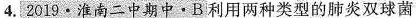
4.2019·淮南二中期中·B利用两种类型的肺炎双球菌